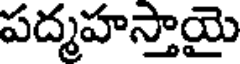
పద్మహస్తాయై